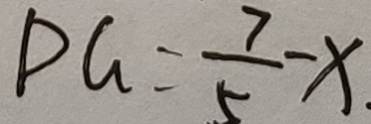
P G = \frac { 7 } { 5 } - x